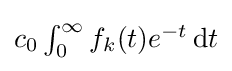
\textstyle c_{0}\int _{0}^{\infty }f_{k}(t)e^{-t}\,\mathrm {d} t